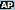
AP